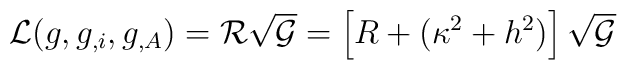
{\cal  L}(g,   g_{,i}, g_{,A})={\cal R}\sqrt{{\cal G}}=  \left[ R  + (\kappa^{2} + h^{2})\right] \sqrt{{\cal G}}